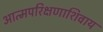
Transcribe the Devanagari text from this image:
आत्मपरिक्षणाशिवाय